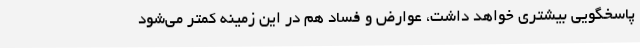
پاسخگویی بیشتری خواهد داشت، عوارض و فساد هم در این زمینه کمتر می‌شود